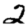
Digit: 2